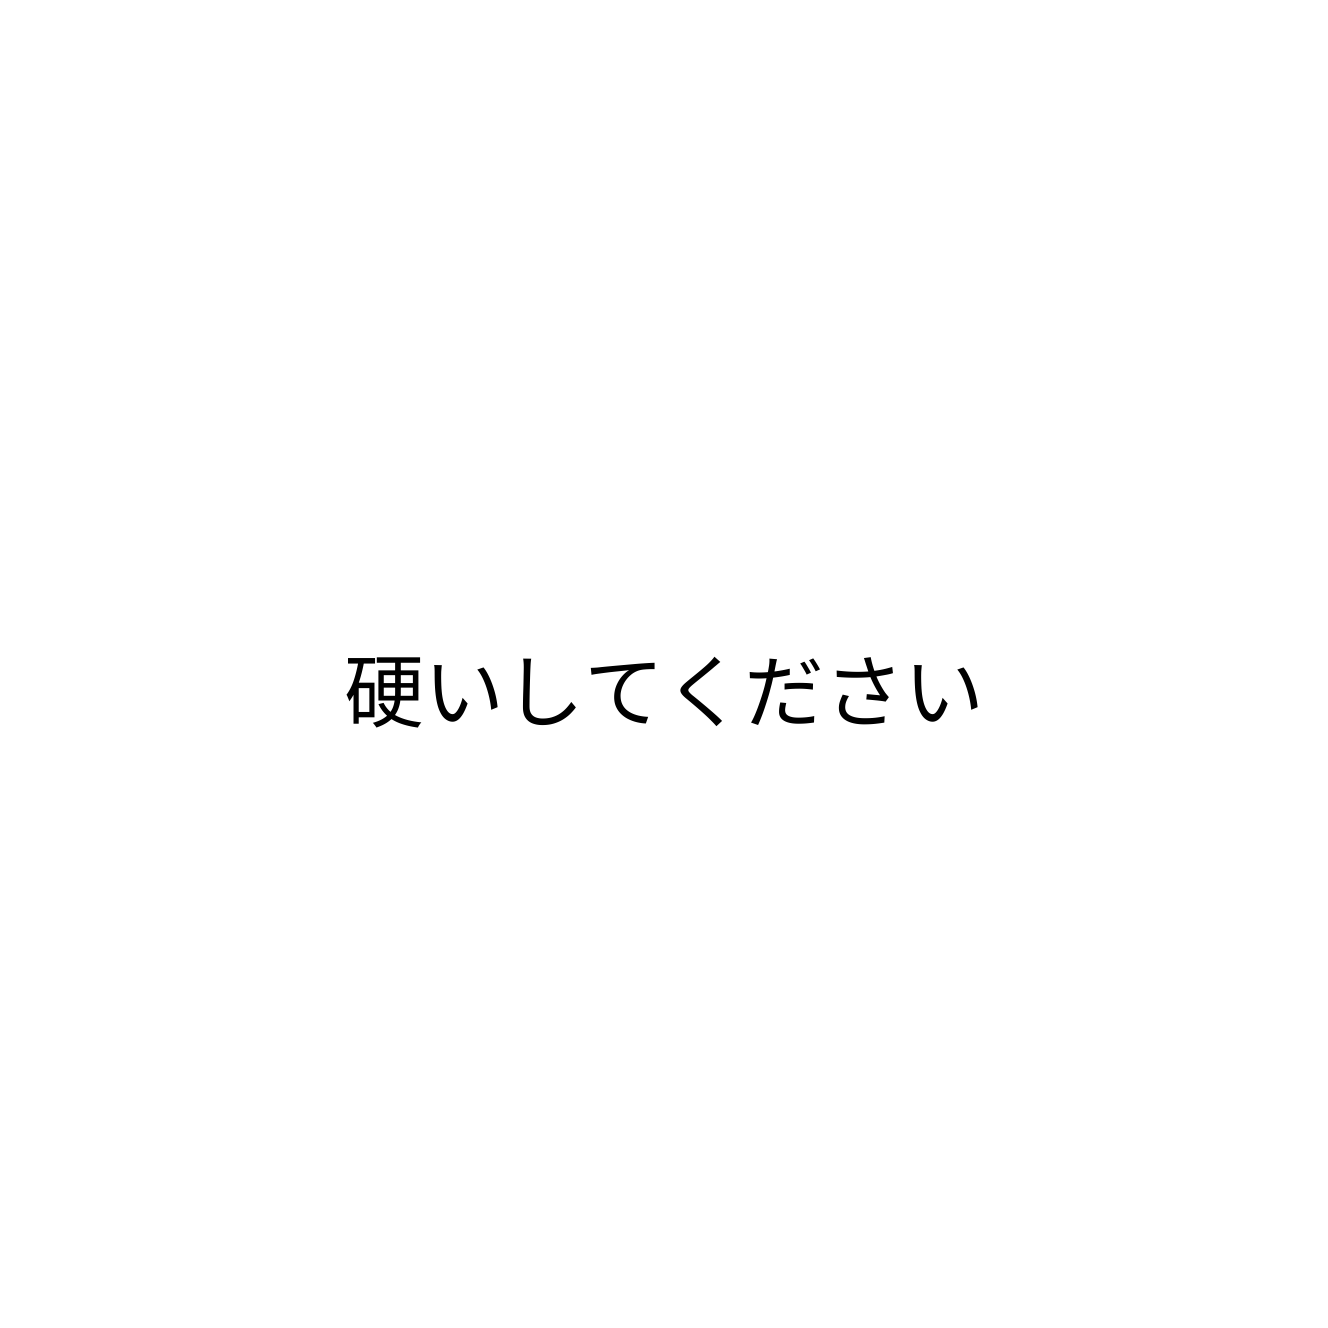
硬いしてください